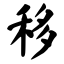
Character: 移